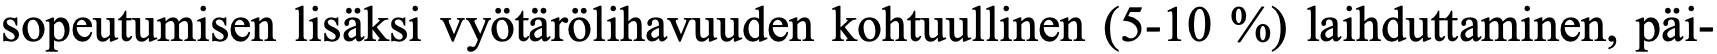
sopeutumisen lisäksi vyötärölihavuuden kohtuullinen (5-10 %) laihduttaminen, päi-